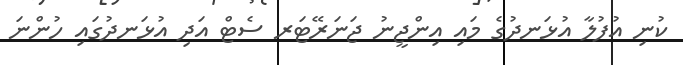
ކުނި އުފުލާ އުޅަނދުގެ މައި އިންޖީނު ޖަނަރޭޓަރ ސެޓް އަދި އުޅަނދުގައި ހުންނަ